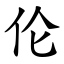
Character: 伦